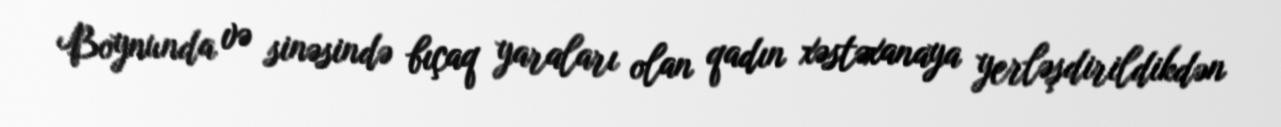
Boynunda və sinəsində bıçaq yaraları olan qadın xəstəxanaya yerləşdirildikdən